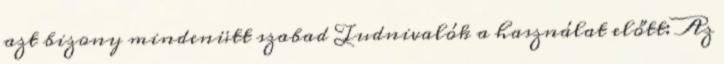
azt bizony mindenütt szabad Tudnivalók a használat előtt: Az